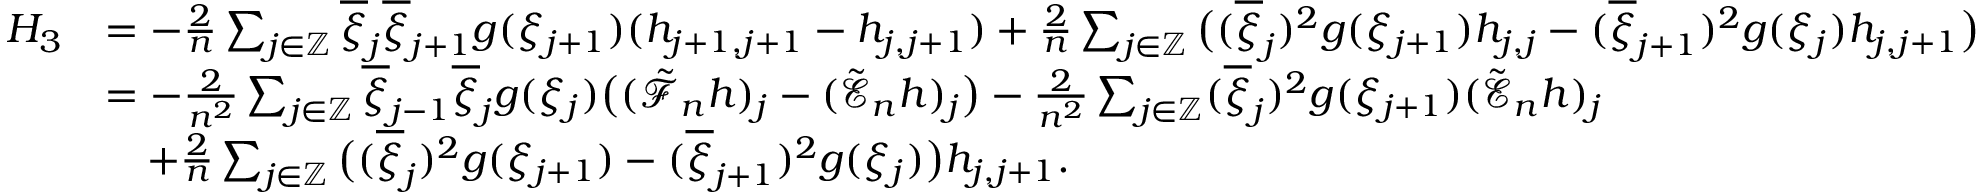
\begin{array} { r l } { H _ { 3 } } & { = - \frac { 2 } { n } \sum _ { j \in \mathbb { Z } } \overline { { \xi } } _ { j } \overline { { \xi } } _ { j + 1 } g ( \xi _ { j + 1 } ) ( h _ { j + 1 , j + 1 } - h _ { j , j + 1 } ) + \frac { 2 } { n } \sum _ { j \in \mathbb { Z } } \big ( ( \overline { { \xi } } _ { j } ) ^ { 2 } g ( \xi _ { j + 1 } ) h _ { j , j } - ( \overline { { \xi } } _ { j + 1 } ) ^ { 2 } g ( \xi _ { j } ) h _ { j , j + 1 } \big ) } \\ & { = - \frac { 2 } { n ^ { 2 } } \sum _ { j \in \mathbb { Z } } \overline { { \xi } } _ { j - 1 } \overline { { \xi } } _ { j } g ( \xi _ { j } ) \big ( ( \tilde { \mathscr { F } } _ { n } h ) _ { j } - ( \Tilde { \mathscr { E } } _ { n } h ) _ { j } \big ) - \frac { 2 } { n ^ { 2 } } \sum _ { j \in \mathbb { Z } } ( \overline { { \xi } } _ { j } ) ^ { 2 } g ( \xi _ { j + 1 } ) ( \Tilde { \mathscr { E } } _ { n } h ) _ { j } } \\ & { \quad + \frac { 2 } { n } \sum _ { j \in \mathbb { Z } } \big ( ( \overline { { \xi } } _ { j } ) ^ { 2 } g ( \xi _ { j + 1 } ) - ( \overline { { \xi } } _ { j + 1 } ) ^ { 2 } g ( \xi _ { j } ) \big ) h _ { j , j + 1 } . } \end{array}